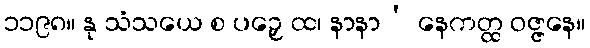
၁၁၉၈။ နု သံသယေ စ ပဉှေ ထ၊ နာနာ’ နေကတ္ထ ဝဇ္ဇနေ။